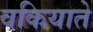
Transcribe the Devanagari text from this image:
वकियाते